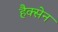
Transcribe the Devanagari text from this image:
हैक्सेन